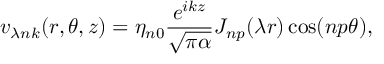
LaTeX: v _ { \lambda n k } ( r , \theta , z ) = \eta _ { n 0 } \frac { e ^ { i k z } } { \sqrt { \pi \alpha } } J _ { n p } ( \lambda r ) \cos ( n p \theta ) { , }